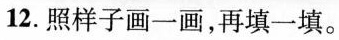
12.照样子画一画，再填一填。